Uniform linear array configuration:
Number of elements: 32
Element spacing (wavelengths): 0.75
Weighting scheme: hann
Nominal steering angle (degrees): -45
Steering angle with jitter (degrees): -46.893
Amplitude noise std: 0.05
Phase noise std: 0.05

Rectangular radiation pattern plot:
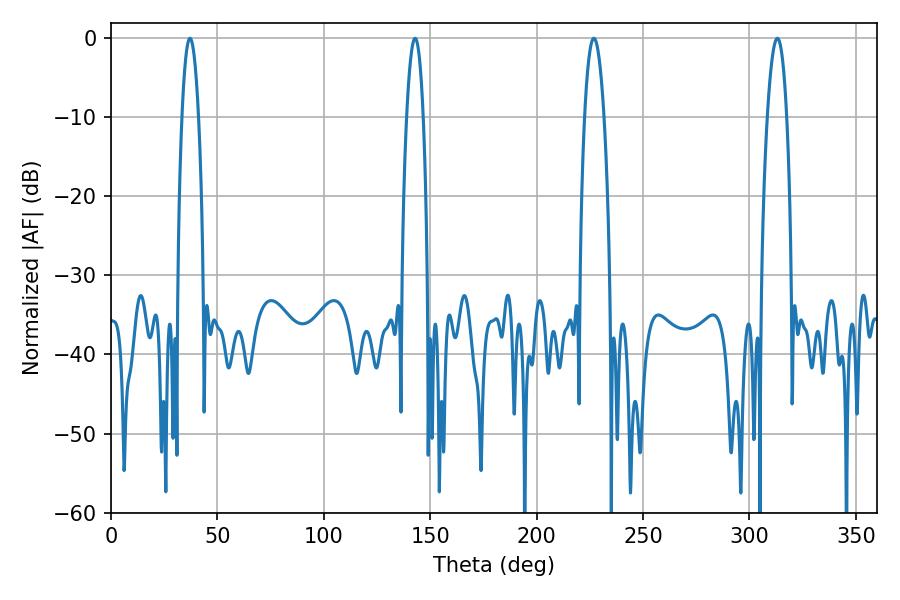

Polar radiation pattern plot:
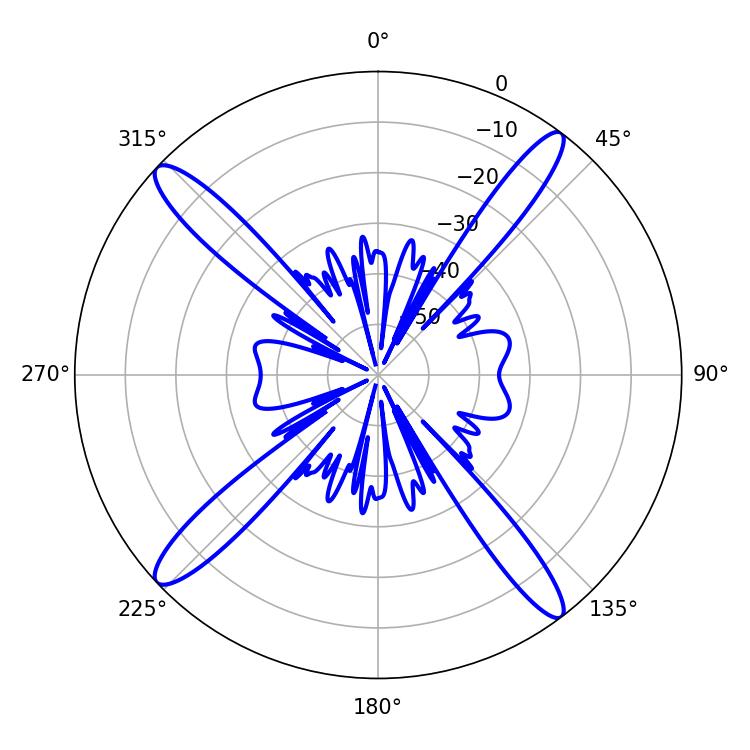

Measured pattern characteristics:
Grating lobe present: TRUE
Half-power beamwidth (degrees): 4.32
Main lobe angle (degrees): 37.08